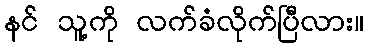
နင် သူ့ကို လက်ခံလိုက်ပြီလား။